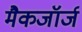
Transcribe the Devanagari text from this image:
मैकजॉर्ज